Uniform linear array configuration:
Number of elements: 32
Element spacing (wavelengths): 1
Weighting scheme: kaiser
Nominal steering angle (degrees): -60
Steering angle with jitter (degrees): -60.362
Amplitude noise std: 0.05
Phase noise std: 0.05

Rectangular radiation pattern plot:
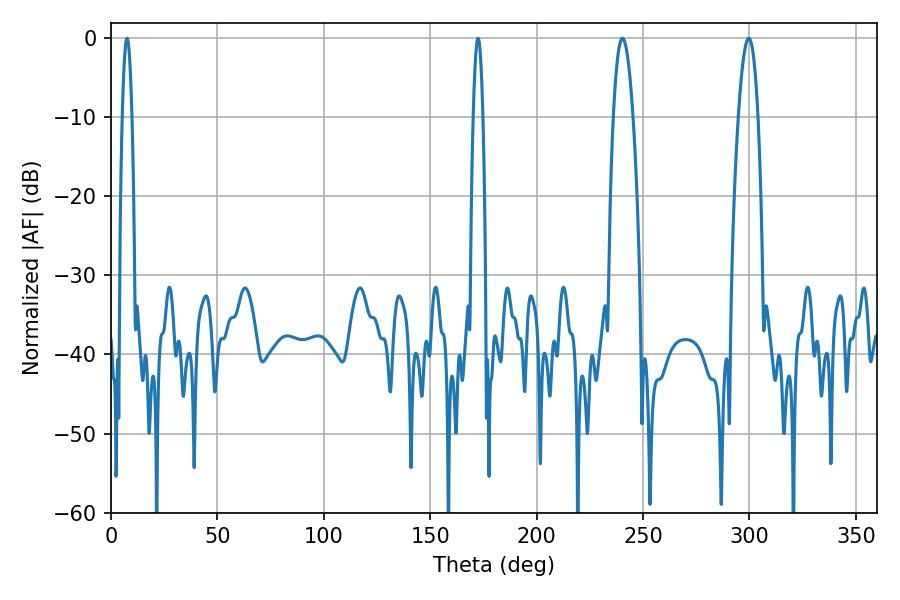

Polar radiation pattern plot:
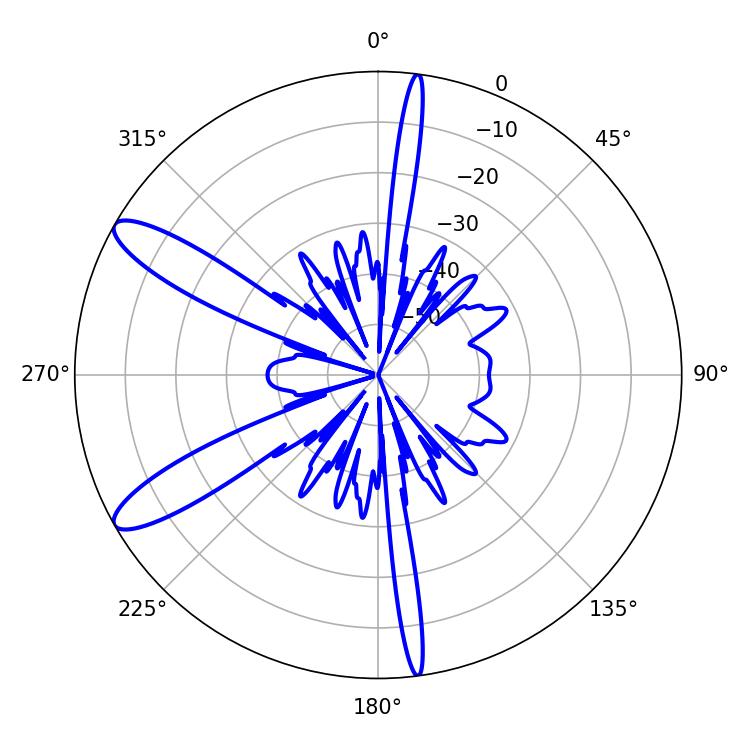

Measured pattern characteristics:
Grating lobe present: TRUE
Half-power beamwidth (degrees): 5.04
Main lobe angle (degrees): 240.3